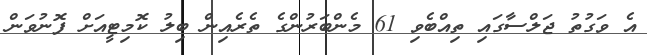
އެ ވަގުތު ޖަލްސާގައި ތިއްބެވި 61 މެންބަރުންގެ ތެރެއިން ބިލު ކޮމިޓީއަށް ފޮނުވަން